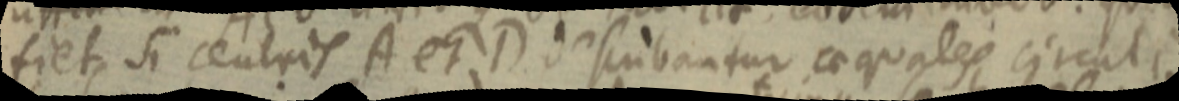
fiet si centris A et D describantur aequales circuli